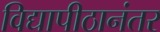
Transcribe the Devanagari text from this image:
विद्यापीठानंतर